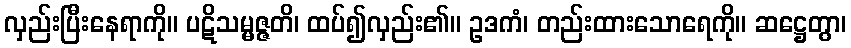
လှည်းပြီးနေရာကို။ ပဋိသမ္မဇ္ဇတိ၊ ထပ်၍လှည်း၏။ ဥဒကံ၊ တည်းထားသောရေကို။ ဆဋ္ဌေတွာ၊